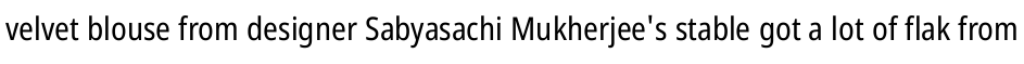
velvet blouse from designer Sabyasachi Mukherjee's stable got a lot of flak from